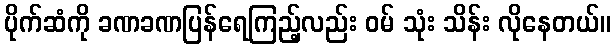
ပိုက်ဆံကို ခဏခဏပြန်ရေကြည့်လည်း ဝမ် သုံး သိန်း လိုနေတယ်။